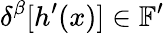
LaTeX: \delta^{\beta}[h^{\prime}(x)]\in\mathbb{F}^{\prime}